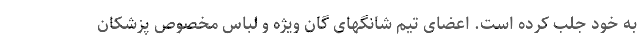
به خود جلب کرده است. اعضای تیم شانگهای گان ویژه و لباس مخصوص پزشکان